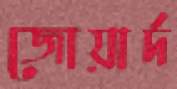
জোয়ার্দ